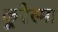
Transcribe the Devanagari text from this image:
कूरेस्मा